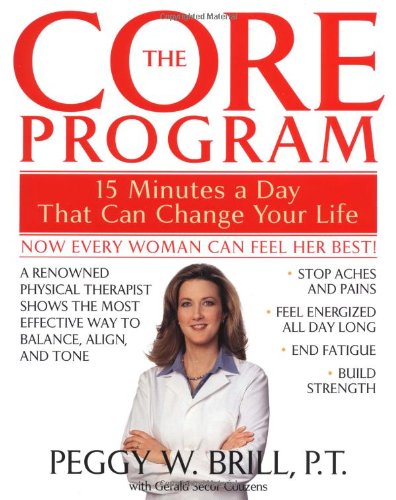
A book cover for The Core Program: Fifteen Minutes a Day That Can Change Your Life; Peggy Brill; Health, Fitness & Dieting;